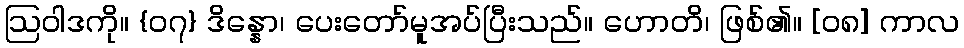
ဩဝါဒကို။ {၀၇} ဒိန္နော၊ ပေးတော်မူအပ်ပြီးသည်။ ဟောတိ၊ ဖြစ်၏။ [၀၈] ကာလ